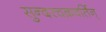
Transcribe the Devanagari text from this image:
सुन्दरचक्रवर्तिन्